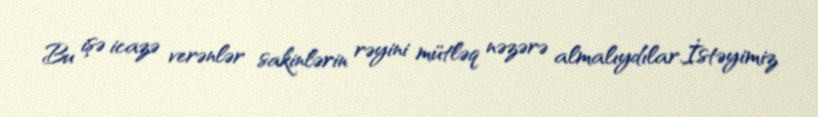
Bu işə icazə verənlər sakinlərin rəyini mütləq nəzərə almalıydılar.İstəyimiz